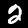
Label: 2